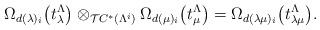
LaTeX: \begin{align*}\Omega_{d(\lambda)_i}\big(t_\lambda^\Lambda\big)\otimes_{\mathcal{T}C^*(\Lambda^i)} \Omega_{d(\mu)_i}\big(t_\mu^\Lambda\big)= \Omega_{d(\lambda\mu)_i}\big(t_{\lambda\mu}^\Lambda\big).\end{align*}